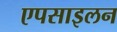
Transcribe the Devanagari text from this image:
एपसाइलन